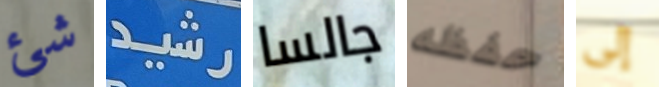
شئ رشيد جالسا حفظه إلى